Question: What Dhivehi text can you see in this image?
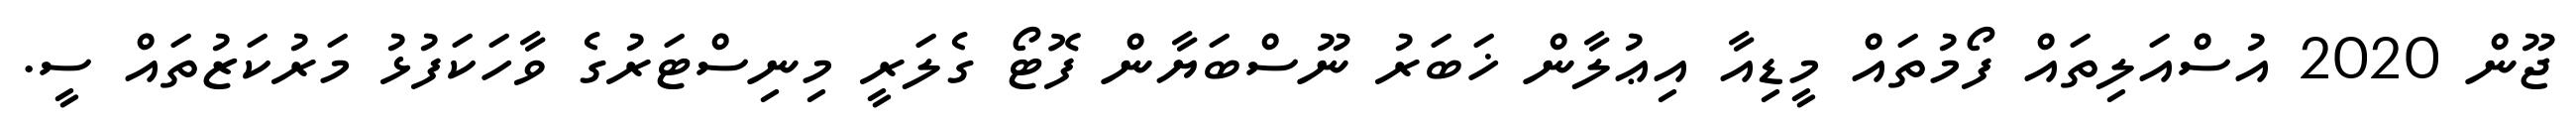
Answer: ޖޫން 2020 އުސްއަލިތައް ފޯމުތައް މީޑިއާ އިޢުލާން ޚަބަރު ނޫސްބަޔާން ފޮޓޯ ގެލަރީ މިނިސްޓަރުގެ ވާހަކަފުޅު މަރުކަޒުތައް ސީ.